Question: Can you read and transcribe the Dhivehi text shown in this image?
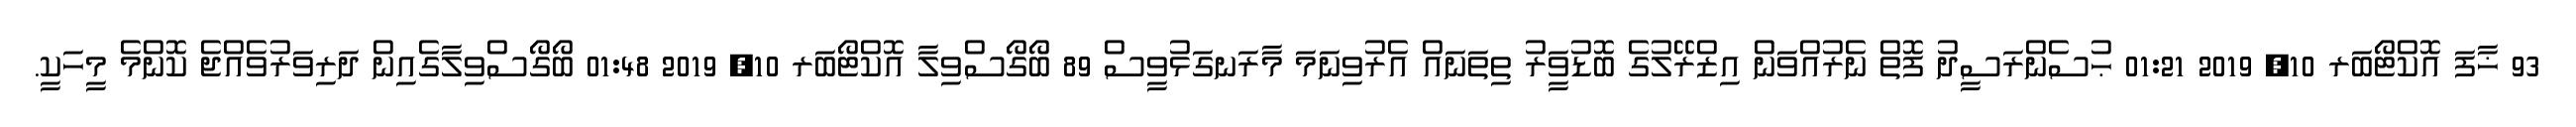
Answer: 93 ޚާފަ އޮކްޓޯބަރ 10, 2019 01:21 ޙުސެންރަސީދު ފޮތް ނެރުއްވަން އިޒްރޭލުގެ ބޮޑުވަީރު ތިތަނައް އެރުވިނަމަ މާރަނގަޅުވީސް 89 ބޯގޯސްވިލާ އޮކްޓޯބަރ 10, 2019 01:48 ބޯގޯސްވިލާގެއިން ދަރިވަރުވެއްޖެ ކޮންމެ މީހަކީ.